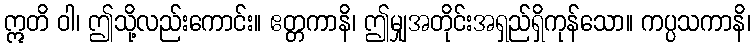
ဣတိ ဝါ၊ ဤသို့လည်းကောင်း။ ဧတ္တကာနိ၊ ဤမျှအတိုင်းအရှည်ရှိကုန်သော။ ကပ္ပသကာနိ၊